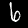
Digit: 6